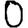
Digit: 0